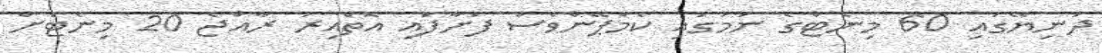
ދުނިޔޭގައި 60 މިނެޓްގެ ނަމުގައި ކެމްޕޭންވެސް ފަށާފައި އޮތްއިރު ރާއްޖެ 20 މިނެޓަށް